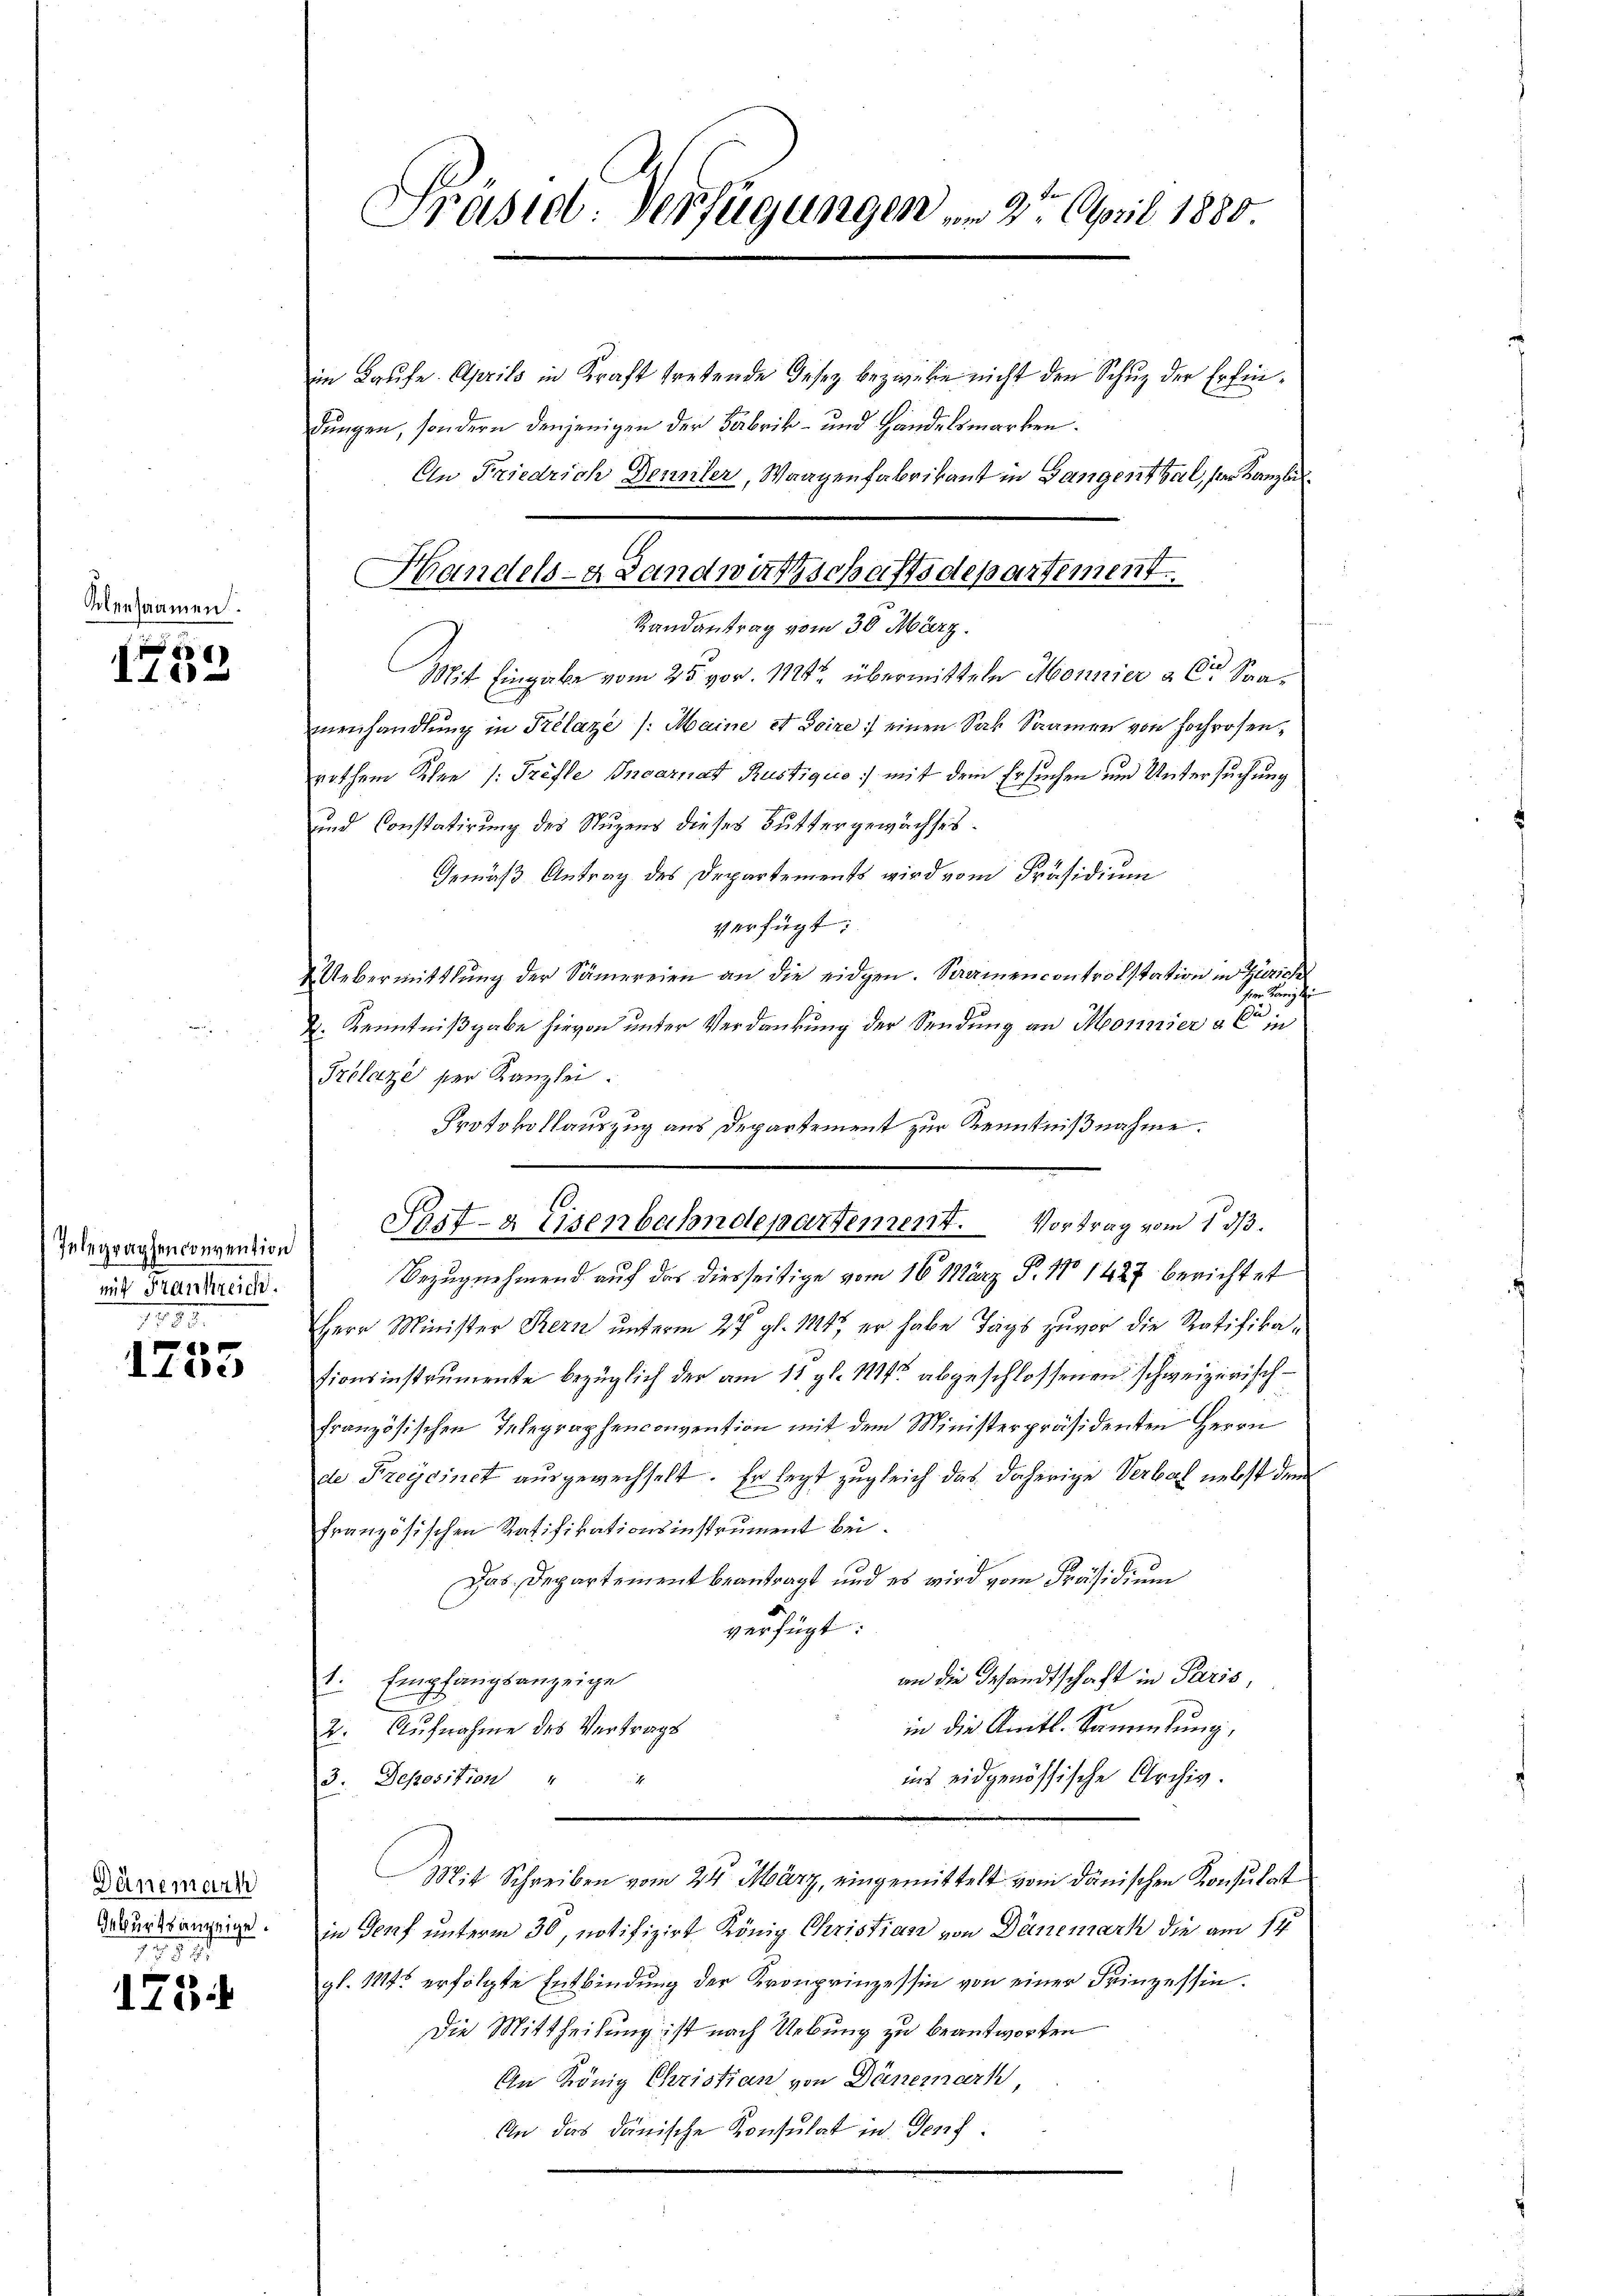
Klensaamen.

i
100

Inbegraphenconvention
mit Frankreic
775

p
toc

Dänemann
Geburtsanzeige.
2540

15

Präsid. Verfügungen am 2te April 1880.

in Laufe. Aprils in Kraft tretende Gesez bezwecke nicht den Schuz der Erfindungen, sondern denjenigen der Fabrik- und Handelsmarken.
An Friedrich Dennler, Waagenfabrikant in Gangenthal, der Kanzlich
Randantrag vom 30. März.
Mit Eingabe vom 25. vor. 1121 übermitteln Monnier a. Der Spamenhandlŭng in Prélaze /: Maine et Doire einen Sak Saamen von Hochrosen-
rothem Klee /: Tröste Invariat Rustiquo:/ mit dem Ersuchen und Untersuchung
und Constatirung des Nuzens dieses Buttergewächstes.
Gemäß Antrag des Departements wird vom Präsidium
verfügt:
Uebermittlung der Sämereien an die eidgen. Saamen controlstation in Zürich
ser Königli
. Kenntnißgabe hievon unter Verdankung der Sendung an Monnier a Co in
Trolaze ser Kanzlei.
Protokollauszug aus Departement zur Kenntnißnahme.
Bezugnehmend auf das diesseitige vom 16. März P. No 1427 berichtet
Herr Minister Bern unterm 27. gl. 114, er habe Tags zuvor die Ratifikationsinstrumente bezüglich der am 11. gl. 111 abgeschlossenen schweizerisch-
französischen Telegraphenconvention mit dem Ministerpräsidenten Herrn
de Freycinet ausgewechselt. Er legt zugleich das daherige Verbal nebst dem
französischen Ratifikationsinstrument bei.
Das Departement beantragt und es wird vom Präsidium
verfügt:
an die Gesandtschaft in Paris,
1. Empfangsanzeige
in die Amts-Sammlung,
2. Aufnahme des Vertrags
ins eidgenössische Archiv.
3. Deposition "
Mit Schreiben vom 24. März, eingemittelt vom dänischen Konsulat
in Genf unterm 30, notifizirt König Christian von Dänemark die am 14.
gl. 1114. erfolgte Entbindung der Kronprinzessin von einer Prinzessin.
Die Mittheilung ist nach Uebung zu beantworten
An König Christian von Dänemark
An das dänische Konsulat in Genf

Handels- Landwartschaftsdepartement.

Prit- & Eisenbahndepartement. Vortrag vom 1 d.